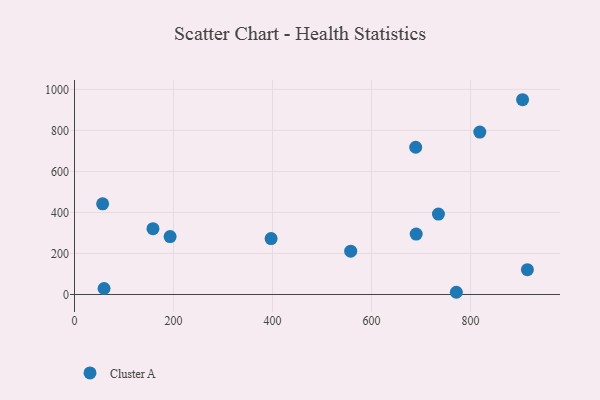
{"axis": {"x": "Engine Size", "y": "Yield"}, "legend": ["Cluster A"], "data": [{"x": "735.2", "y": 391.9, "type": "Cluster A"}, {"x": "818.7", "y": 792.1, "type": "Cluster A"}, {"x": "771.3", "y": 10.8, "type": "Cluster A"}, {"x": "690.2", "y": 294.8, "type": "Cluster A"}, {"x": "193.1", "y": 282.3, "type": "Cluster A"}, {"x": "914.8", "y": 120.9, "type": "Cluster A"}, {"x": "689.2", "y": 717.8, "type": "Cluster A"}, {"x": "59.7", "y": 29.2, "type": "Cluster A"}, {"x": "397.1", "y": 272.5, "type": "Cluster A"}, {"x": "905.1", "y": 949.6, "type": "Cluster A"}, {"x": "158.5", "y": 320.7, "type": "Cluster A"}, {"x": "557.9", "y": 211.4, "type": "Cluster A"}, {"x": "56.8", "y": 442.2, "type": "Cluster A"}]}